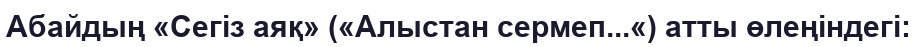
Абайдың «Сегіз аяқ» («Алыстан сермеп...«) атты өлеңіндегі: